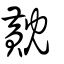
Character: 黆